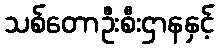
သစ်တောဦးစီးဌာနနှင့်